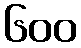
၆၀၀